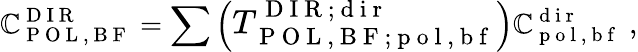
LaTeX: \mathbb{C}_{\mathrm{{~P~O~L~,~B~F~}}}^{\mathrm{{~D~I~R~}}}=\sum\left(\large{T}_{\mathrm{{~P~O~L~,~B~F~}};\mathrm{{~p~o~l~,~b~f~}}}^{\mathrm{{~D~I~R~}};\mathrm{{~d~i~r~}}}\right)\mathbb{C}_{\mathrm{{~p~o~l~,~b~f~}}}^{\mathrm{{~d~i~r~}}}\; ,